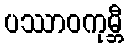
ပဿာဝကုမ္ဘီ